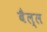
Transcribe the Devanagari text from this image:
बैल्ल